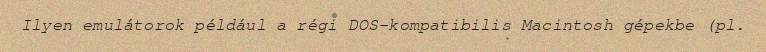
Ilyen emulátorok például a régi DOS-kompatibilis Macintosh gépekbe (pl.